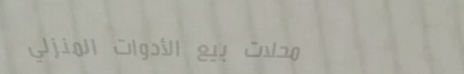
محلات بيع الأدوات المنزلي